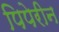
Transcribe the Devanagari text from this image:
पिपेरीन